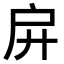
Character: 𢨬